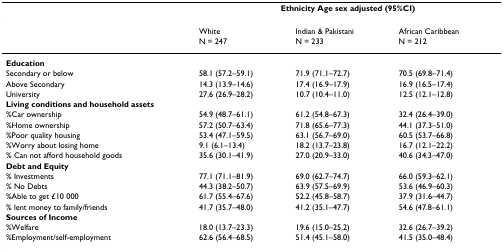
<table><thead><tr><td></td><td colspan="3"><b>Ethnicity Age sex adjusted (95%CI)</b></td></tr></thead><tbody><tr><td></td><td>White</td><td>Indian &amp; Pakistani</td><td>African Caribbean</td></tr><tr><td></td><td>N = 247</td><td>N = 233</td><td>N = 212</td></tr><tr><td colspan="4"><b>Education</b></td></tr><tr><td>Secondary or below</td><td>58.1 (57.2–59.1)</td><td>71.9 (71.1–72.7)</td><td>70.5 (69.8–71.4)</td></tr><tr><td>Above Secondary</td><td>14.3 (13.9–14.6)</td><td>17.4 (16.9–17.9)</td><td>16.9 (16.5–17.4)</td></tr><tr><td>University</td><td>27.6 (26.9–28.2)</td><td>10.7 (10.4–11.0)</td><td>12.5 (12.1–12.8)</td></tr><tr><td colspan="4"><b>Living conditions and household assets</b></td></tr><tr><td>%Car ownership</td><td>54.9 (48.7–61.1)</td><td>61.2 (54.8–67.3)</td><td>32.4 (26.4–39.0)</td></tr><tr><td>%Home ownership</td><td>57.2 (50.7–63.4)</td><td>71.8 (65.6–77.3)</td><td>44.1 (37.3–51.0)</td></tr><tr><td>%Poor quality housing</td><td>53.4 (47.1–59.5)</td><td>63.1 (56.7–69.0)</td><td>60.5 (53.7–66.8)</td></tr><tr><td>%Worry about losing home</td><td>9.1 (6.1–13.4)</td><td>18.2 (13.7–23.8)</td><td>16.7 (12.1–22.2)</td></tr><tr><td>% Can not afford household goods</td><td>35.6 (30.1–41.9)</td><td>27.0 (20.9–33.0)</td><td>40.6 (34.3–47.0)</td></tr><tr><td colspan="4"><b>Debt and Equity</b></td></tr><tr><td>% Investments</td><td>77.1 (71.1–81.9)</td><td>69.0 (62.7–74.7)</td><td>66.0 (59.3–62.1)</td></tr><tr><td>% No Debts</td><td>44.3 (38.2–50.7)</td><td>63.9 (57.5–69.9)</td><td>53.6 (46.9–60.3)</td></tr><tr><td>%Able to get £10 000</td><td>61.7 (55.4–67.6)</td><td>52.2 (45.8–58.7)</td><td>37.9 (31.6–44.7)</td></tr><tr><td>% lent money to family/friends</td><td>41.7 (35.7–48.0)</td><td>41.2 (35.1–47.7)</td><td>54.6 (47.8–61.1)</td></tr><tr><td colspan="4"><b>Sources of Income</b></td></tr><tr><td>%Welfare</td><td>18.0 (13.7–23.3)</td><td>19.6 (15.0–25.2)</td><td>32.6 (26.7–39.2)</td></tr><tr><td>%Employment/self-employment</td><td>62.6 (56.4–68.5)</td><td>51.4 (45.1–58.0)</td><td>41.5 (35.0–48.4)</td></tr></tbody></table>